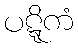
ပဋ္ဋိကံ